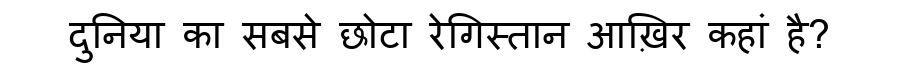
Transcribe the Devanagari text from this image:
दुनिया का सबसे छोटा रेगिस्तान आख़िर कहां है?